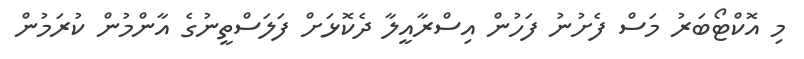
މި އޮކްޓޯބަރު މަސް ފެށުނު ފަހުން އިސްރާއީލާ ދެކޮޅަށް ފަލަސްތީނުގެ އާންމުން ކުރަމުން